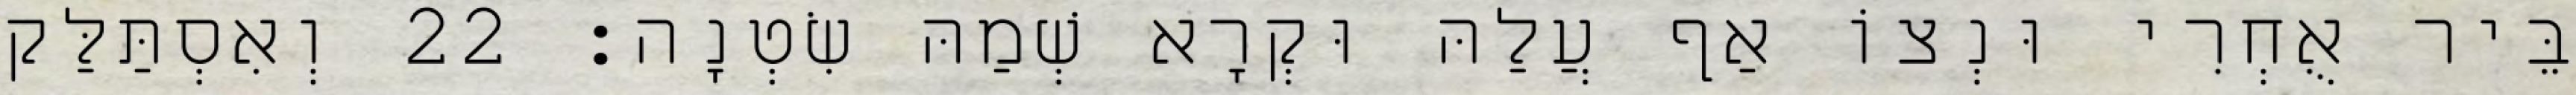
בֵּיר אֻחְרִי וּנְצוֹ אַף עֲלַהּ וּקְרָא שְׁמַהּ שִׂטְנָה׃ 22 וְאִסְתַּלַּק